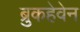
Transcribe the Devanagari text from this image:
ब्रुकहेवेन